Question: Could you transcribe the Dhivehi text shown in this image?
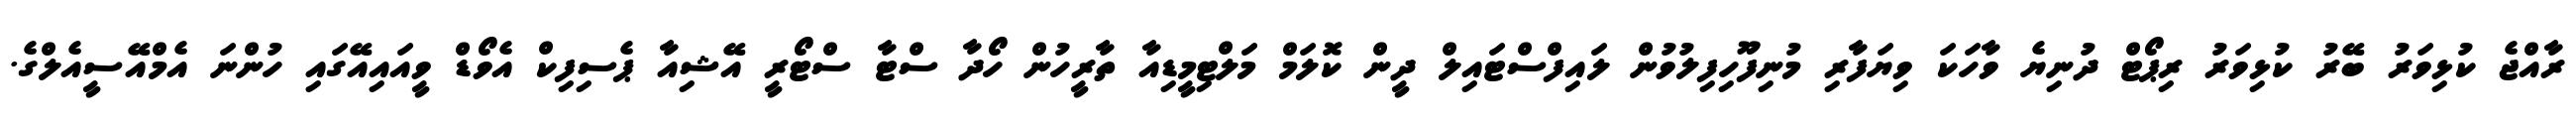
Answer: ރާއްޖެ ކުޅިވަރު ބޭރު ކުޅިވަރު ރިޕޯޓް ދުނިޔެ ވާހަކަ ވިޔަފާރި މުނިފޫހިފިލުވުން ލައިފްސްޓައިލް ދީން ކޮލަމް މަލްޓިމީޑިއާ ތާރީހުން ހޯދާ ސްޓާ ސްޓޯރީ އޭޝިއާ ޕެސިފިކް އެވޯޑް ވީއައިއޭގައި ހުންނަ އެމްއޭސީއެލްގެ.